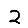
Digit: 2